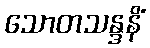
သောတသန္ဒနိံ